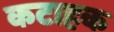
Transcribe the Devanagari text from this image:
कटाहक